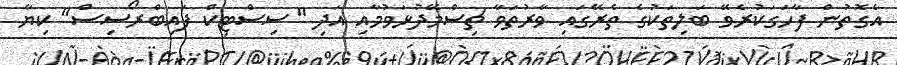
އެގޮތުން ފާހަގަކުރެވޭ ބަލިތަކުގެ ތެރޭގައި ވާރުތަވާ ޗިސްމޭދުޅަވުމާއި އަދި "ސިސްޓިކް ފައިބްރޯސިސް" ކިޔާ